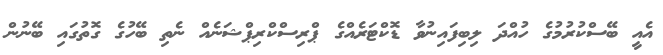
އެއީ ބޭސްކުރުމުގެ ހުއްދަ ލިބިފައިނުވާ ޑޮކްޓަރެއްގެ ޕްރިސްކްރިޕްޝަނެއް ނެތި ބޭހުގެ ގޮތުގައި ބޭނުން